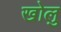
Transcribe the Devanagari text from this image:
खोलु